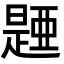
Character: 𣊰